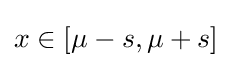
x\in [\mu -s,\mu +s]